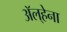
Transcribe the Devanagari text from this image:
अॅल्हेना